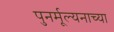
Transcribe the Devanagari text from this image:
पुनर्मूल्यनाच्या